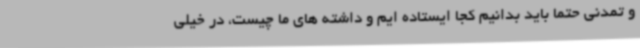
و تمدنی حتما باید بدانیم کجا ایستاده ایم و داشته های ما چیست، در خیلی